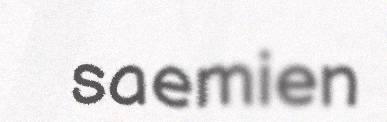
saemien